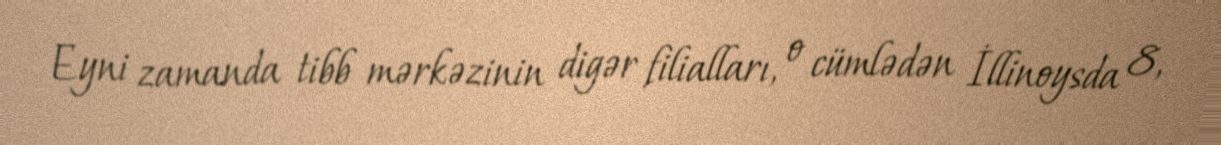
Eyni zamanda tibb mərkəzinin digər filialları, o cümlədən İllinoysda 8,